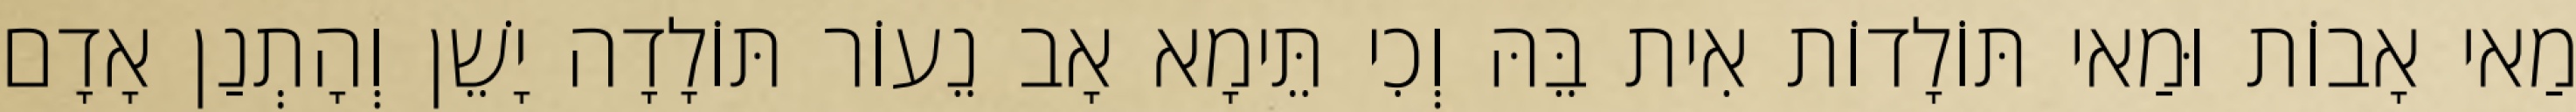
מַאי אָבוֹת וּמַאי תּוֹלָדוֹת אִית בֵּהּ וְכִי תֵּימָא אָב נֵעוֹר תּוֹלָדָה יָשֵׁן וְהָתְנַן אָדָם